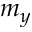
m _ { y }